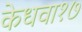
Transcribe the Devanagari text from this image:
केधवा१७